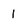
Character: 1